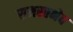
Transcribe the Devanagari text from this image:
समस्तभेव